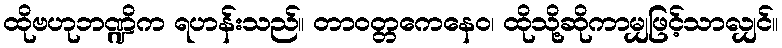
ထိုဗဟုဘဏ္ဍိက ရဟန်းသည်။ တာဝတ္တကေနေဝ၊ ထိုသို့ဆိုကာမျှဖြင့်သာလျှင်။